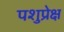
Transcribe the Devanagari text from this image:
पशुप्रेक्ष